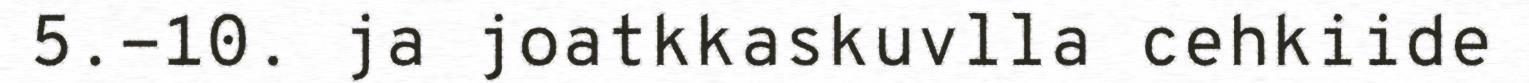
5.-10. ja joatkkaskuvlla cehkiide